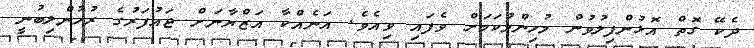
ދެކޭ ގޮތް އޮޅުންފިލުވުން މުހިންމުކަމަށް ވެފައި ވިއެވެ. އަނެއްކާ އަޒްޔާނަށް ޖައުފަރުގެ ރުހުންލިބުނީ